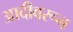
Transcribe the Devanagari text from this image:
आदीवरून